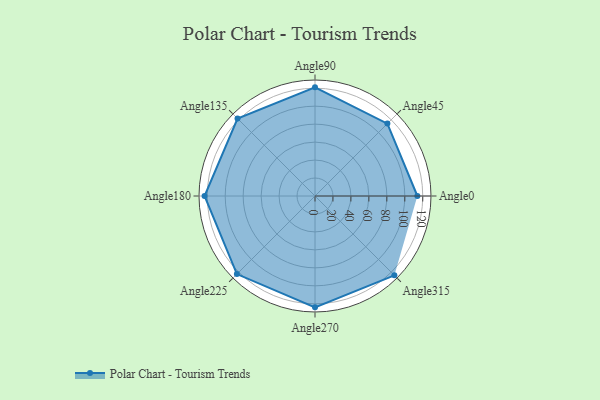
{"axis": {"x": "Angle", "y": "Radius"}, "legend": [""], "data": [{"x": "Angle0", "y": 114.0, "type": ""}, {"x": "Angle45", "y": 114.0, "type": ""}, {"x": "Angle90", "y": 121.0, "type": ""}, {"x": "Angle135", "y": 122.0, "type": ""}, {"x": "Angle180", "y": 123.0, "type": ""}, {"x": "Angle225", "y": 123.0, "type": ""}, {"x": "Angle270", "y": 124.0, "type": ""}, {"x": "Angle315", "y": 125.0, "type": ""}]}